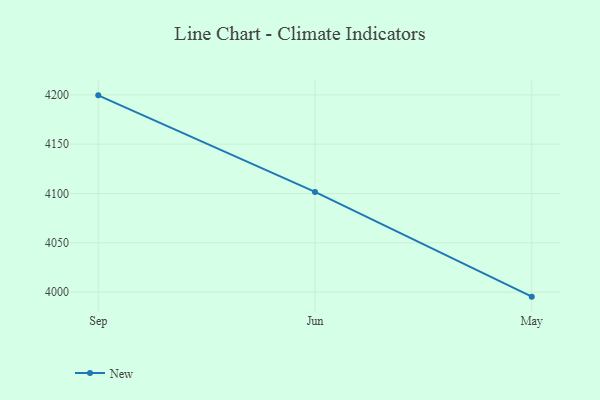
{"axis": {"x": "Month", "y": "Customer Acquisition Cost (USD)"}, "legend": ["New"], "data": [{"x": "Sep", "y": 4199.5, "type": "New"}, {"x": "Jun", "y": 4101.6, "type": "New"}, {"x": "May", "y": 3995.4, "type": "New"}]}